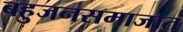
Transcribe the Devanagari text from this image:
बहुजनसमाजात